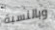
وبالنسبة